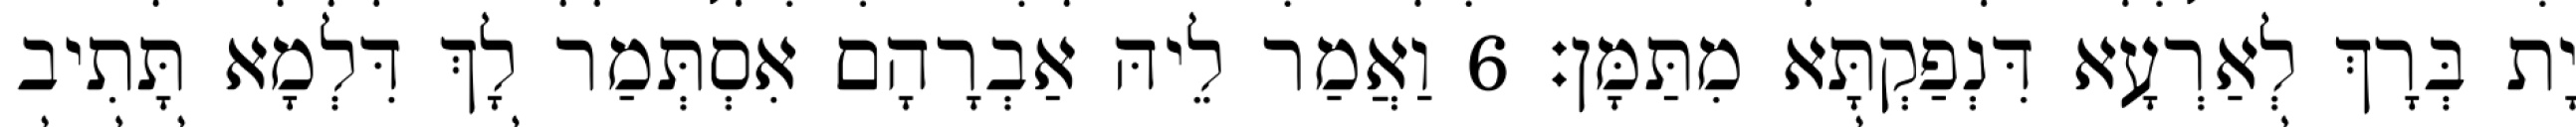
יָת בְּרָךְ לְאַרְעָא דִּנְפַקְתָּא מִתַּמָּן׃ 6 וַאֲמַר לֵיהּ אַבְרָהָם אִסְתְּמַר לָךְ דִּלְמָא תָּתִיב